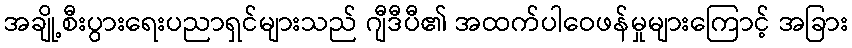
အချို့စီးပွားရေးပညာရှင်များသည် ဂျီဒီပီ၏ အထက်ပါဝေဖန်မှုများကြောင့် အခြား